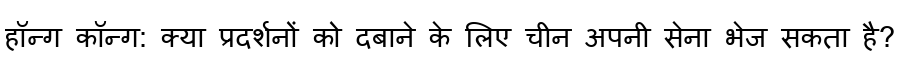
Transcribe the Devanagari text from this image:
हॉन्ग कॉन्ग: क्या प्रदर्शनों को दबाने के लिए चीन अपनी सेना भेज सकता है?